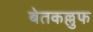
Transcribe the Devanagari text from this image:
बेतकल्लुफ